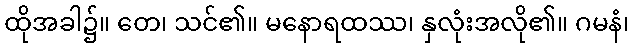
ထိုအခါ၌။ တေ၊ သင်၏။ မနောရထဿ၊ နှလုံးအလို၏။ ဂမနံ၊